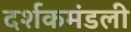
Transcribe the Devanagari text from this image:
दर्शकमंडली